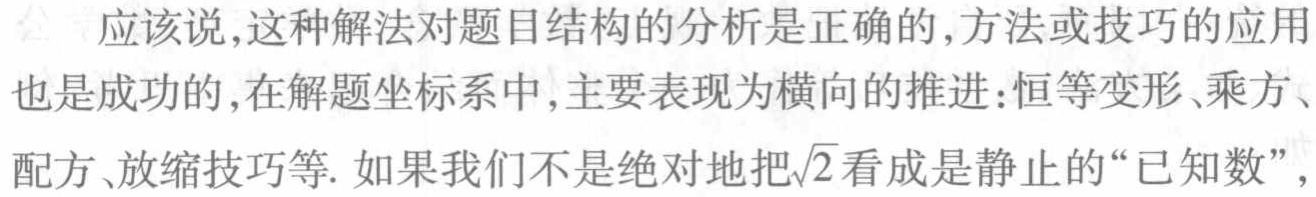
应该说,这种解法对题目结构的分析是正确的,方法或技巧的应用也是成功的,在解题坐标系中,主要表现为横向的推进:恒等变形、乘方、配方、放缩技巧等. 如果我们不是绝对地把\(\sqrt{2}\)看成是静止的“已知数”,